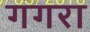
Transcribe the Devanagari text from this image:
गगरा